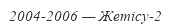
2004-2006 — Жетісу-2